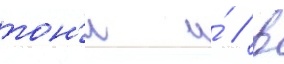
тон'и и́ / в